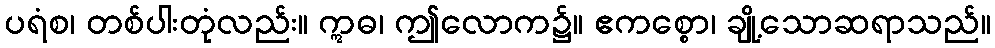
ပရံစ၊ တစ်ပါးတုံလည်း။ ဣဓ၊ ဤလောက၌။ ဧကစ္စော၊ ချို့သောဆရာသည်။